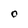
Character: O